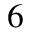
6